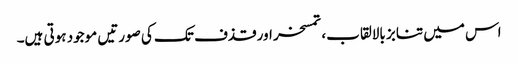
اس میں تنابز بالالقاب، تمسخر اور قذف تک کی صورتیں موجود ہوتی ہیں۔